King Institute of Preventive Medicine Bacteriolog. Section reports 1907-08
Year: 1907
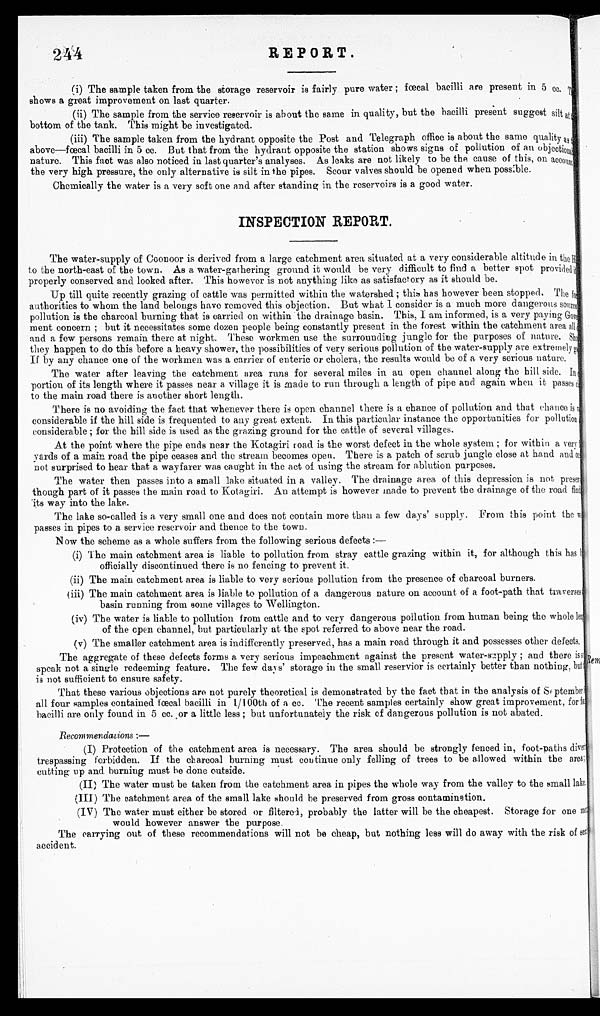
244
REPORT.
(i) The sample taken from the storage reservoir is fairly pure water ; faecal bacilli are present in 5 cc
shows a great improvement on last quarter.
(ii) The sample from the service reservoir is about the same in quality, but the bacilli present suggest silt at
bottom of the tank. This might be investigated.
(iii) The sample taken from the hydrant opposite the Post and Telegraph office is about the same quality as
above—fœcal. bacilli in 5 cc. But that from the hydrant opposite the station shows signs of pollution of an objection
nature. This fact was also noticed in last quarter's analyses. As leaks are not likely to be the cause of this, on account
the very high pressure, the only alternative is silt in the pipes. Scour valves should be opened when possible.
Chemically the water is a very soft one and after standing in the reservoirs is a good water.
INSPECTION REPORT.
The water-supply of Coonoor is derived from a large catchment area situated at a very considerable altitude in the
to the north-east of the town. As a water-gathering ground it would he very difficult to find a better spot provided
properly conserved and looked after. This however is not anything like as satisfactory as it should be.
Up till quite recently grazing of cattle was permitted within the watershed ; this has however been stopped. The for
authorities to whom the land belongs have removed this objection. But what 1 consider is a much more dangerous source
pollution is the charcoal 'burning that is carried on within the drainage basin. This, I am informed, is a very paying
Government concern ; but it necessitates some dozen people being constantly present in the forest within the catchment area all
and a few persons remain there at night. These workmen use the surrounding jungle for the purposes of nature. Sho
they happen to do this before a heavy shower, the possibilities of very serious pollution of the water-supply are extremely gr
If by any chance one of the workmen was a carrier of enteric or cholera, the results would be of a very serious nature.
The water after leaving the catchment area runs for several miles in an open channel along the hill side.
portion of its length where it passes near a village it is made to rim through a length of pipe and again when it passes
to the main road there is another short length.
There is no avoiding the fact that whenever there is open channel there is a chance of pollution and that chance is
considerable if the hill side is frequented to any great extent. In this particular instance the opportunities for pollution
considerable ; for the bill side is used as the grazing ground for the cattle of several villages.
At the point where the pipe ends near the Kotagiri road is the worst defect in the whole system ; for within a very e
yards of a main road the pipe ceases and the stream becomes open. There is a patch of scrub jungle close at hand and
not surprised to hear that a wayfarer was caught in the act of using the stream for ablution purposes.
The water then passes into a small lake situated in a valley. The drainage area of this depression is not preser t.
though part of it passes the main road to Kotagiri. An attempt is however made to prevent the drainage of the road fin e
its way into the lake.
The lake so-called is a very small one and does not contain more than a few days' supply. From this point the
passes in pipes to a service reservoir and thence to the town.
Now the scheme as a whole suffers from the following serious defects :--
(i) The main catchment area is liable to pollution from stray cattle grazing within it, for although this has I
officially discontinued there is no fencing to prevent it.
(iv) The main catchment area is liable to very serious pollution from the presence of charcoal burners.
(v) The main catchment area is liable to pollution of a dangerous nature on account of a foot-path that traversee
basin running from some villages to Wellington..
(vi) The water is liable to pollution from cattle and to ver y dangerous pollution. from human being the whole leng
of the open channel, but particularly at the spot referred to above near the road.
(vii)The smaller catchment area is indifferently preserved, has a main road through it and possesses other defects.
The aggregate of these defects forms a very serious impeachment against the present water-supply ; and there is,
speak not a single redeeming feature. The few dais' storage in the small reservior is certainly better than nothing, but-
is not sufficient to ensure safety.
That these various objections are not purely theoretical is demonstrated by the fact that in the analysis of Su ptember
all four samples contained fœcal bacilli in 1/100th of a cc. The recent samples certainly show great improvement, for for
bacilli are only found in 5 cc.or a little less ; but unfortunately the risk of dangerous pollution is not abated.
Recommendations :—
(I) Protection of the catchment area is necessary. The area should be strongly fenced in, foot-paths diver
trespassing forbidden. If the charcoal burning must continue only felling of trees to be allowed within the areas
cutting up and. burning must he done outside.
(II) The water must be taken from the catchment area in pipes the whole way from the valley to the small lake
(III) The catchment area of the small lake should he preserved from gross contamination.
(IV) The water must either be stored or filtered, probably the latter will be the cheapest. Storage for one inc.
would however answer the purpose.
The carrying out of these recommendations will not be cheap, but nothing less will do away with the risk of sent
accident.